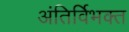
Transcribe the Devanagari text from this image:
अंतिर्विभक्त